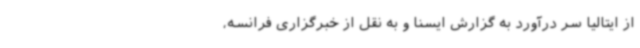
از ایتالیا سر درآورد به گزارش ایسنا و به نقل از خبرگزاری فرانسه،